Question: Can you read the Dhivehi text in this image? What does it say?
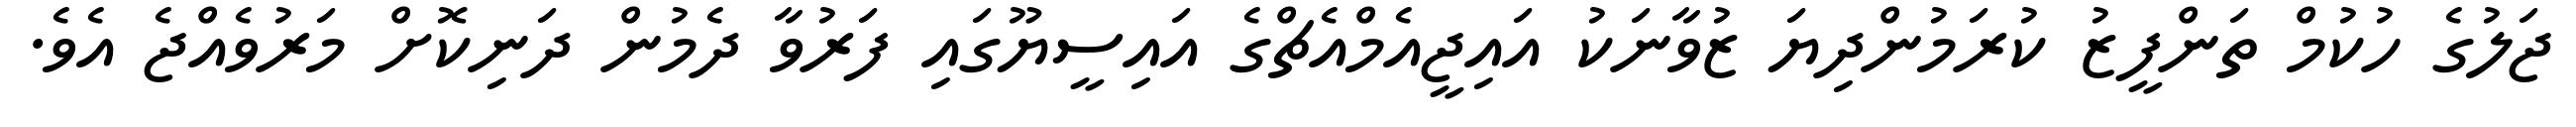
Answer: ޖަލުގެ ހުކުމް ތަންފީޒު ކުރަމުންދިޔަ ޒުވާނަކު އައިޖީއެމްއެޗްގެ އައިސީޔޫގައި ފަރުވާ ދެމުން ދަނިކޮށް މަރުވެއްޖެ އެވެ.